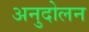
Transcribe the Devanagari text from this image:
अनुदोलन